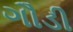
ગૌડી